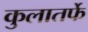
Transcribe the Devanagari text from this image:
कुलातर्फे